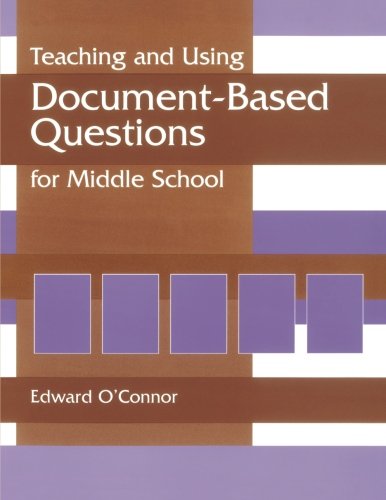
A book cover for Teaching and Using Document-Based Questions for Middle School (Gifted Treasury Series); Edward P. O'Connor; History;